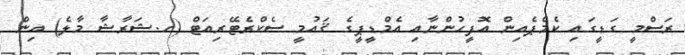
ރަސްމީ ގަޑީގައި ކެމްޕެއިން އޮފީހުންނާއި އެމްޑީޕީގެ ޤައުމީ ސެކްރެޓޭރިއަޓް (ހ.ޝަރާޝާ މާލެ) އިން